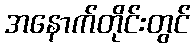
အနောက်တိုင်းတွင်